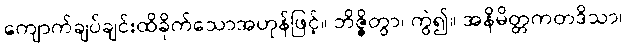
ကျောက်ချပ်ချင်းထိခိုက်သောအဟုန်ဖြင့်။ ဘိဇ္ဇိတွာ၊ ကွဲ၍။ အနိမိတ္တကတဒိသာ၊